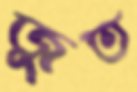
জুত